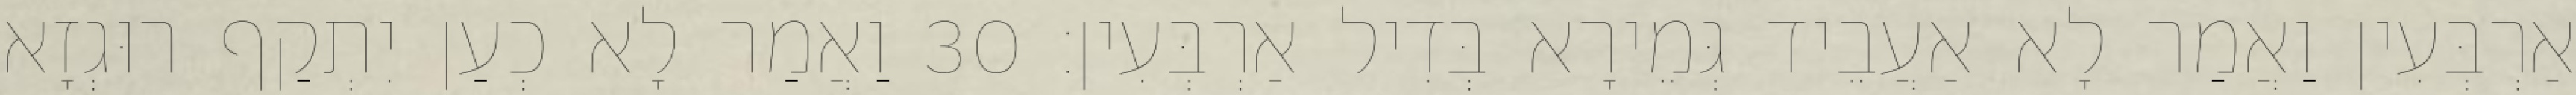
אַרְבְּעִין וַאֲמַר לָא אַעֲבֵיד גְּמֵירָא בְּדִיל אַרְבְּעִין׃ 30 וַאֲמַר לָא כְעַן יִתְקַף רוּגְזָא